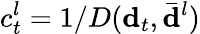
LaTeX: c_{t}^{l}=1/D({\mathbf d}_{t},\bar{{\mathbf d}}^{l})